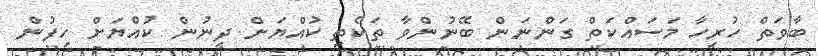
ބާވަތް ހުރިހާ މަސައްކަތް ގަންނަން ބޭނުންވާ ތަކެތި ކުއްޔަށް ދިނުން ކުއްޔަށް ހިފުން